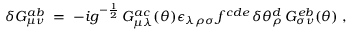
\delta G _ { \mu \nu } ^ { a b } \; = \; - i g ^ { - \frac { 1 } { 2 } } \, G _ { \mu \lambda } ^ { a c } ( \theta ) \epsilon _ { \lambda \rho \sigma } \, f ^ { c d e } \, \delta \theta _ { \rho } ^ { d } \, G _ { \sigma \nu } ^ { e b } ( \theta ) \; ,